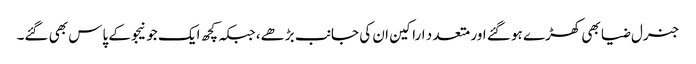
جنرل ضیا بھی کھڑے ہو گئے اور متعد د اراکین ان کی جانب بڑھے، جبکہ کچھ ایک جو نیجو کے پاس بھی گئے۔